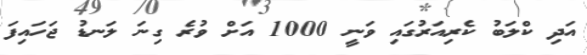
އަދި ކްލަބު ކެރިއަރުގައި ވަނީ 1000 އަށް ވުރެ ގިނަ ލަނޑު ޖަހައިފަ